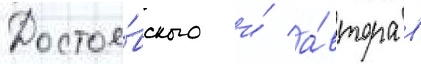
Достое́вского и́ а́втора в